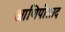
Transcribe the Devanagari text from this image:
आणिपोलाद